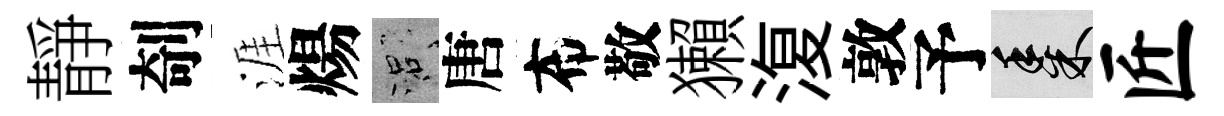
靜剞涯煬口唐布敬獺𣸪敦予黍匠